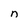
Character: n